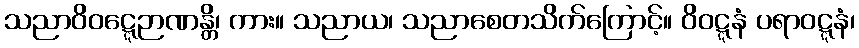
သညာဝိဝဋ္ဋေဉာဏန္တိ၊ ကား။ သညာယ၊ သညာစေတသိက်ကြောင့်။ ဝိဝဋ္ဋနံ ပရာဝဋ္ဋနံ၊